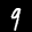
Label: 9